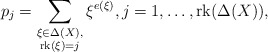
\begin{align*} p_j = \sum_{\substack{\xi \in \Delta(X),\\ \mathrm{rk}(\xi) = j}} \xi^{e(\xi)}, j=1,\dots,\mathrm{rk}(\Delta(X)),\end{align*}